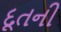
દૂતની